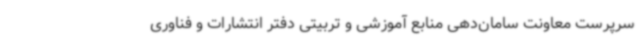
سرپرست معاونت سامان‌دهی منابع آموزشی و تربیتی دفتر انتشارات و فناوری